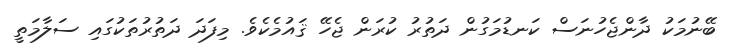
ބޭނުމަކު ދާންޖެހުނަސް ކަނޑުމަގުން ދަތުރު ކުރަން ޖެހޭ ޤައުމެކެވެ. މިފަދަ ދަތުރުތަކުގައި ސަލާމަތީ